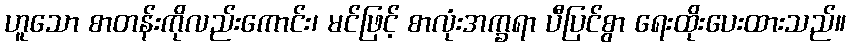
ဟူသော စာတန်းကိုလည်းကောင်း၊ မင်ဖြင့် စာလုံးအက္ခရာ ပီပြင်စွာ ရေးထိုးပေးထားသည်။